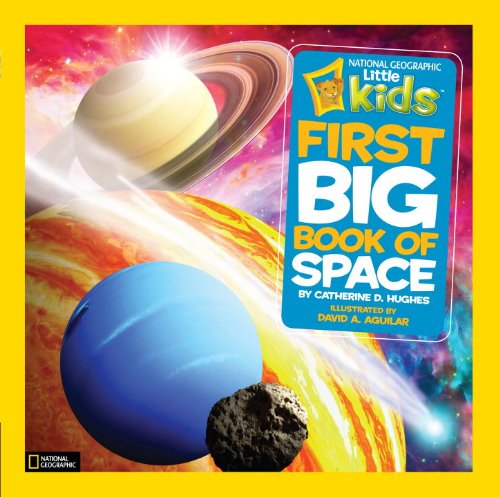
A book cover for National Geographic Kids First Big Book of Space (National Geographic Little Kids First Big Books); Catherine D. Hughes; Children's Books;